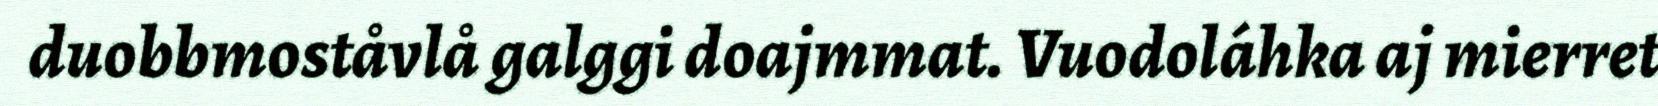
duobbmoståvlå galggi doajmmat. Vuodoláhka aj mierret